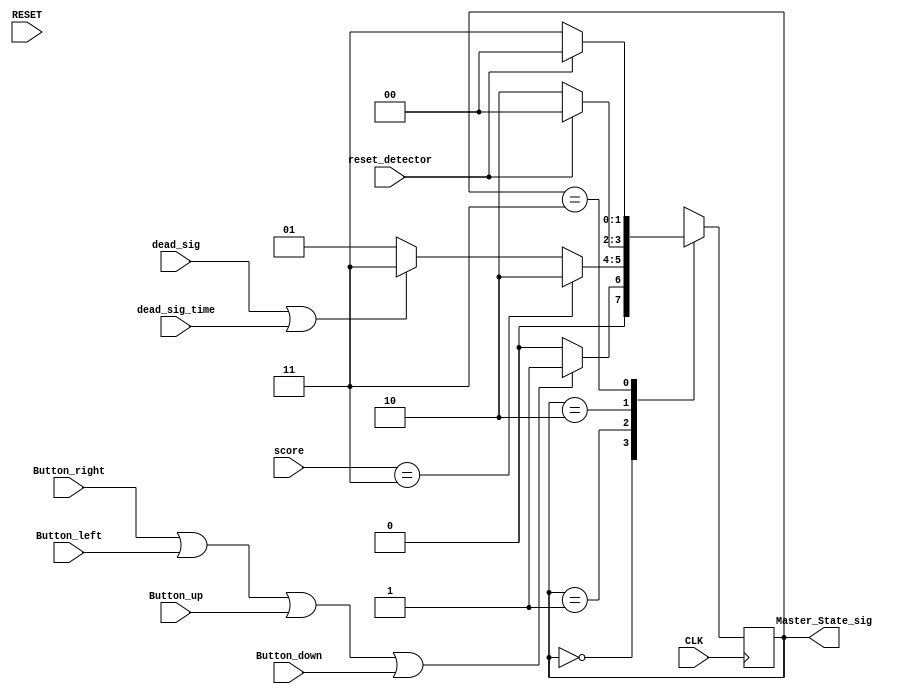
`timescale 1ns / 1ps
//////////////////////////////////////////////////////////////////////////////////
// Company: The university of Edinburgh
// 
// Design Name: Snake Game
// Module Name: Master_State_Machine
// Project Name: Snake Game
// Target Devices: Basys 3 board
// Tool Versions: Vivado 2015.2
// Description: This is the used for the shift the state 
// 
// Dependencies: 
// 
// Revision:
// Revision 0.01 - File Created
// Additional Comments:
// 
//////////////////////////////////////////////////////////////////////////////////


module Master_State_Machine(
    input Button_right,
    input Button_left,
    input Button_up,
    input Button_down,
    input RESET,
    input CLK,
    input [5:0] score,
    input dead_sig,
    input dead_sig_time,
    input reset_detector,
    output [1:0] Master_State_sig
    );
// define the parameter used in the project  
    parameter IDLE = 2'b00;
    parameter PLAY = 2'b01;
    parameter WIN = 2'b10; 
    parameter DEAD = 2'b11;

// define teh regester used in the project   
    reg [1:0] Curr_State = IDLE;
    reg [1:0] Next_state = IDLE;
      
    always@(posedge CLK) begin 
        Curr_State <= Next_state;
    end
    
// state shift code  
    always@(Button_right or Button_left or Button_up or Button_down or score or dead_sig or reset_detector) begin
    case (Curr_State)  
        IDLE: begin
            if(Button_right||Button_left||Button_up||Button_down)begin
               Next_state <= PLAY;
               end
            else
               Next_state <= IDLE;                  
        end
        
        PLAY: begin
            if(score == 3)begin
               Next_state <= WIN;
            end
            else if((dead_sig == 1)||(dead_sig_time == 1))begin
               Next_state <= DEAD;
            end
            else begin
               Next_state <= PLAY;
            end
        end
        
        WIN: begin
        if(reset_detector)
           Next_state <= IDLE;
        else
           Next_state <= WIN;
        end
        
        DEAD: begin
        if(reset_detector)
           Next_state <= IDLE;
        else
           Next_state <= DEAD;   
        end
    endcase
      
    end
    assign Master_State_sig = Curr_State;
    
endmodule